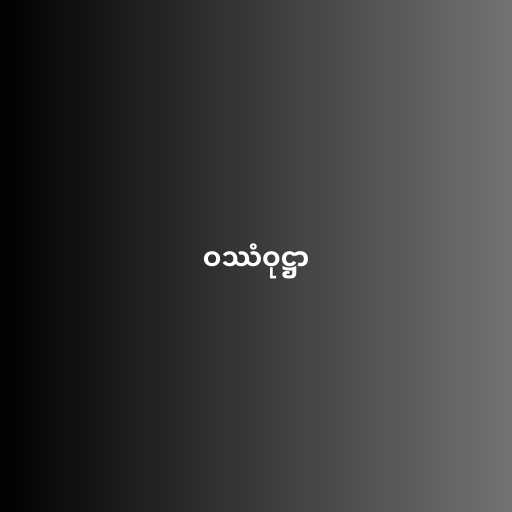
ဝဿံဝုဋ္ဌာ